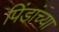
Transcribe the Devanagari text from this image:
पिंडांच्या